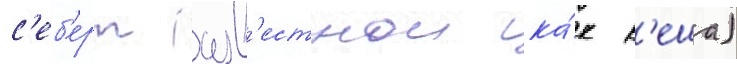
с'еб'ерт (изв'естнои ка́к к'еша)